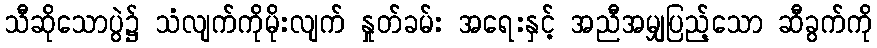
သီဆိုသောပွဲ၌ သံလျက်ကိုမိုးလျက် နှုတ်ခမ်း အရေးနှင့် အညီအမျှပြည့်သော ဆီခွက်ကို